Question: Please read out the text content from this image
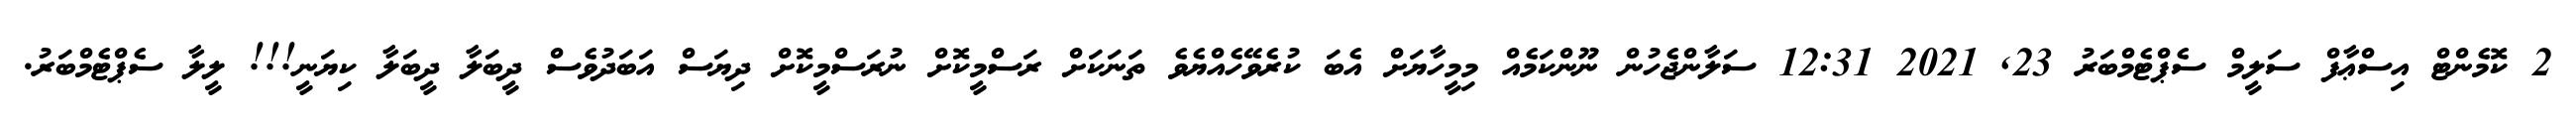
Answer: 2 ކޮމެންޓް އިސްޢާފް ސަލީމް ސެޕްޓެމްބަރު 23, 2021 12:31 ސަލާންޖެހުން ނޫންކަމެއް މިމީހާޔަށް އެބަ ކުރެވޭހެއްޔެވެ ތަނަކަށް ރަސްމީކޮށް ނުރަސްމީކޮށް ދިޔަސް އަބަދުވެސް ދީބަލާ ދީބަލާ ކިޔަނީ!!! ލީލާ ސެޕްޓެމްބަރު.